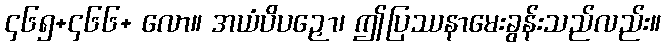
၄၆၅+၄၆၆+ လော။ အယံပိပဉှော၊ ဤပြဿနာမေးခွန်းသည်လည်း။